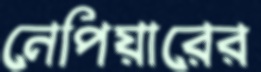
নেপিয়ারের